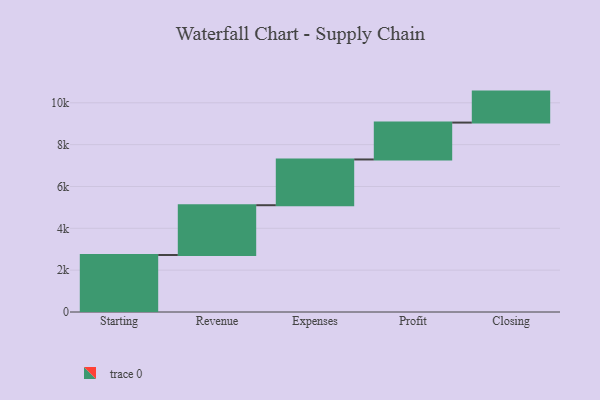
{"axis": {"x": "Step", "y": "Value"}, "legend": [""], "data": [{"x": "Starting", "y": 2725.0, "type": ""}, {"x": "Revenue", "y": 2380.0, "type": ""}, {"x": "Expenses", "y": 2187.0, "type": ""}, {"x": "Profit", "y": 1763.0, "type": ""}, {"x": "Closing", "y": 1481.0, "type": ""}]}